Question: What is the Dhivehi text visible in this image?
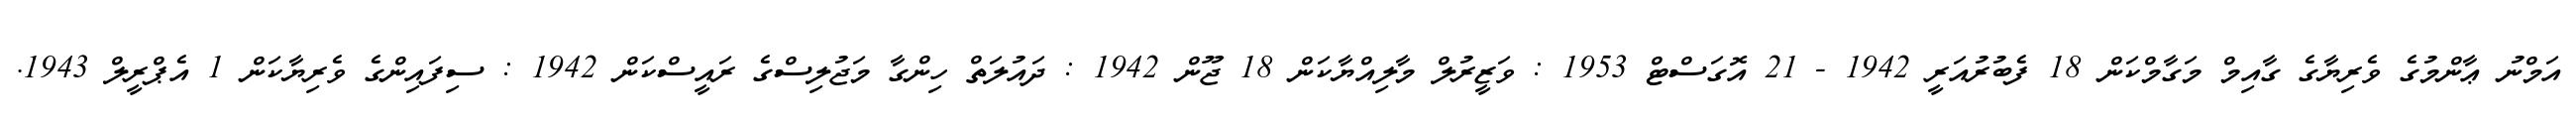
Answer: އަމްނު ޢާންމުގެ ވެރިޔާގެ ގާއިމް މަގާމްކަން 18 ފެބުރުއަރީ 1942 - 21 އޮގަސްޓް 1953 : ވަޒީރުލް މާލިއްޔާކަން 18 ޖޫން 1942 : ދައުލަތް ހިންގާ މަޖުލިސްގެ ރައީސްކަން 1942 : ސިފައިންގެ ވެރިޔާކަން 1 އެޕްރީލް 1943.